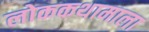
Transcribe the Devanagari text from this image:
लोककथामाला